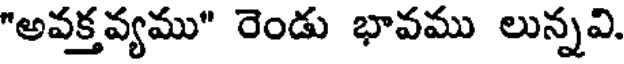
"అవక్తవ్యము" రెండు భావము లున్నవి.